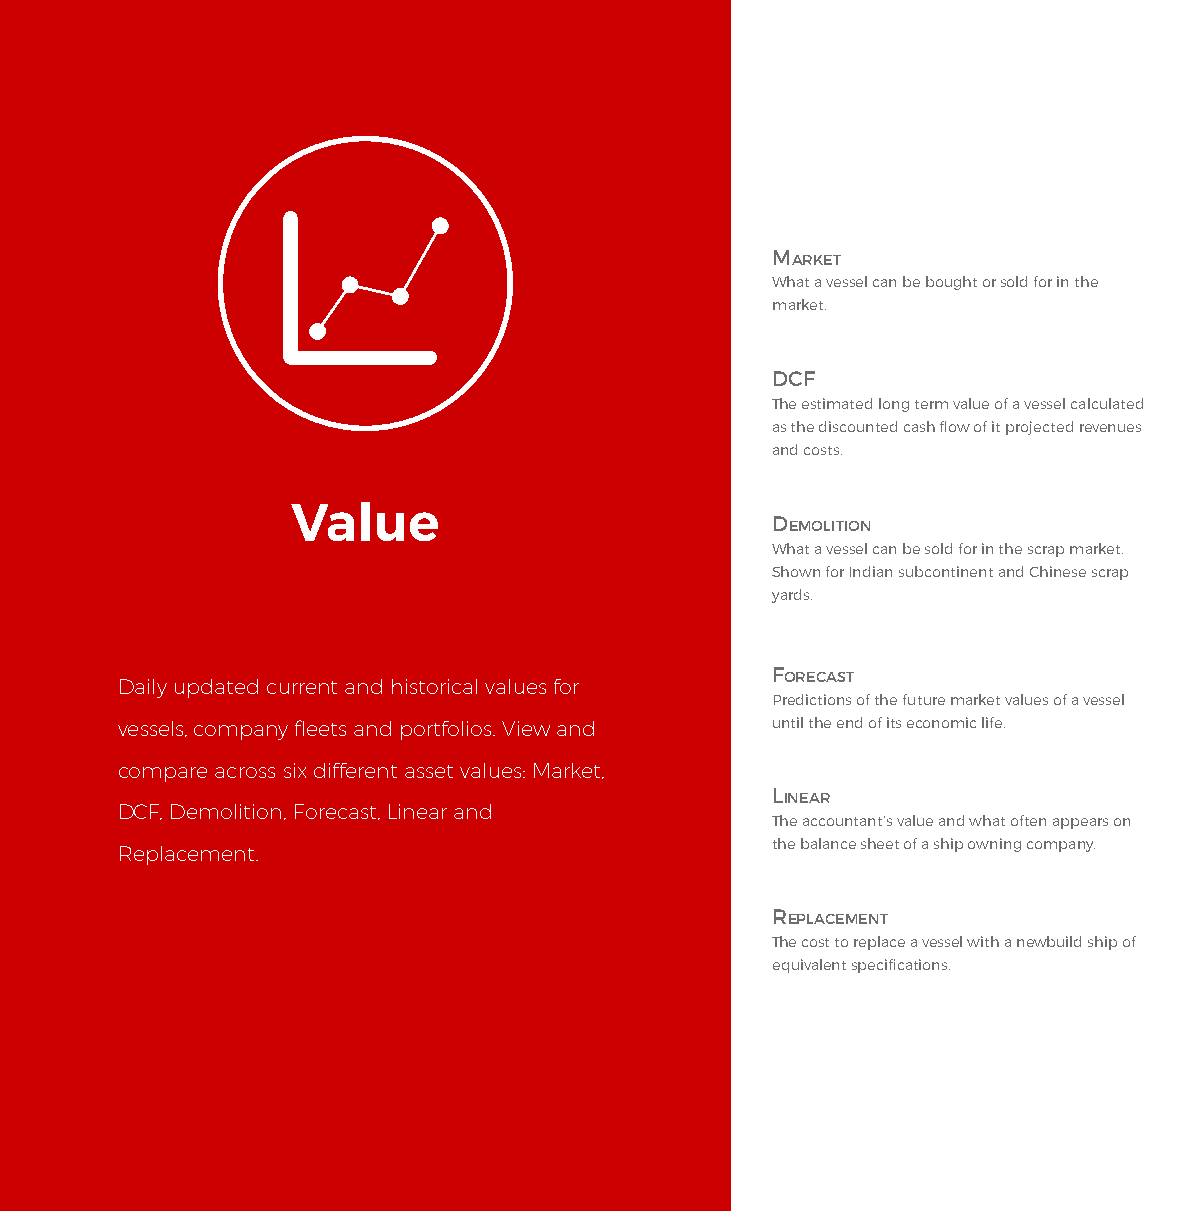
MARKET
 What a vessel can be bought or sold for in the
 market.
 DCF
 The estimated long term value of a vessel calculated
 as the discounted cash flow of it projected revenues
 and costs.
 Value
 DEMOLITION
 What a vessel can be sold for in the scrap market.
 Shown for Indian subcontinent and Chinese scrap
 yards.
 FORECAST
 Daily updated current and historical values for
 Predictions of the future market values of a vessel
 vessels, company fleets and portfolios. View and until the end of its economic life.
 compare across six different asset values: Market,
 LINEAR
 DCF, Demolition, Forecast, Linear and
 The accountant’s value and what often appears on
 the balance sheet of a ship owning company.
 Replacement.
 REPLACEMENT
 The cost to replace a vessel with a newbuild ship of
 equivalent specifications.